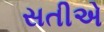
સતીએ